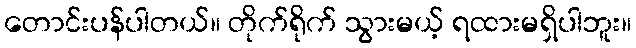
တောင်းပန်ပါတယ်။ တိုက်ရိုက် သွားမယ့် ရထားမရှိပါဘူး။